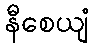
နီစေယျံ